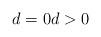
LaTeX: \begin{align*}d=0d>0\end{align*}